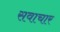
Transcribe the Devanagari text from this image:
सवाचार